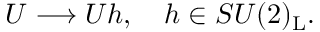
U \longrightarrow U h , ~ ~ ~ h \in S U ( 2 ) _ { \mathrm { L } } .